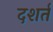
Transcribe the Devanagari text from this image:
दशर्तं